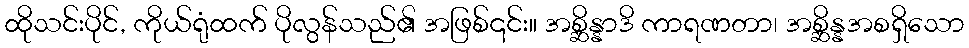
ထိုသင်းပိုင်, ကိုယ်ရုံထက် ပိုလွန်သည်၏ အဖြစ်၎င်း။ အစ္ဆိန္နာဒိ ကာရဏတာ၊ အစ္ဆိန္နအစရှိသော